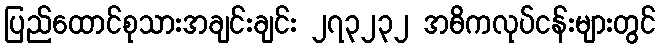
ပြည်ထောင်စုသားအချင်းချင်း ၂၇၃၂၃၂ အဓိကလုပ်ငန်းများတွင်